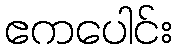
ဧကပေါင်း